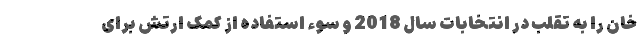
خان را به تقلب در انتخابات سال 2018 و سوء استفاده از کمک ارتش برای